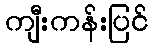
ကျီးကန်းပြင်